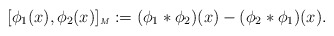
\begin{align*}[\phi_1(x),\phi_2(x)]_\textrm{\tiny{\emph{M}}}:=(\phi_1*\phi_2)(x)- (\phi_2*\phi_1)(x).\end{align*}